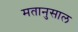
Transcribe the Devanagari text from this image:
मतानुसाल